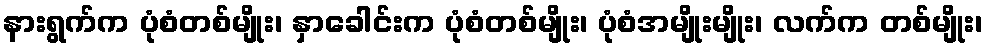
နားရွက်က ပုံစံတစ်မျိုး၊ နှာခေါင်းက ပုံစံတစ်မျိုး၊ ပုံစံအမျိုးမျိုး၊ လက်က တစ်မျိုး၊